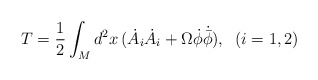
\begin{align*}T=\frac{1}{2}\int_{M}d^{2}x \,(\dot{A}_{i}\dot{A}_{i}+\Omega \dot{\phi}\dot{{\bar{\phi}}}),\; \; (i=1,2)\end{align*}